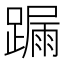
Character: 𨄋